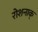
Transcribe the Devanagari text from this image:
रोशनाक्‌